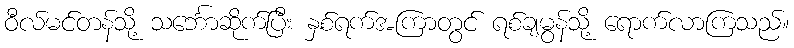
ဝီလ်မင်တန်သို့ သင်္ဘောဆိုက်ပြီး နှစ်ရက်အကြာတွင် ရစ်ချမွန်သို့ ရောက်လာကြသည်။